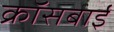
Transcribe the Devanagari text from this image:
क्रॉसबाई